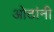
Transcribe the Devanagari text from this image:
ओठांनी